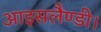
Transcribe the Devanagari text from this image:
आइसलैण्डी।